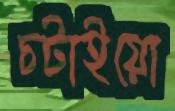
চটাইয়ো